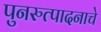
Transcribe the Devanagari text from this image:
पुनरुत्पादनाचे